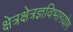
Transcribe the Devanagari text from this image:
क्षेत्रक्षेत्रज्ञविभागयोग